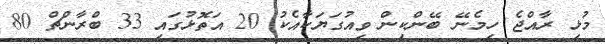
މުޅި ރާއްޖެ ހިމެނޭ ބޭންކިން ވިއުގަޔަކާއެކު 20 އަތޮޅުގައި 33 ބްރާންޗް 80